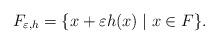
LaTeX: \begin{align*} F_{\varepsilon,h} = \{ x + \varepsilon h(x) \mid x \in F\}. \end{align*}